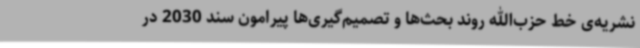
نشریه‌ی خط حزب‌الله روند بحث‌ها و تصمیم‌گیری‌ها پیرامون سند 2030 در